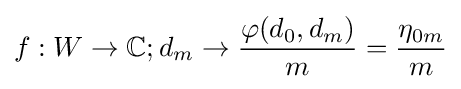
f:W\to \mathbb {C} ;d_{m}\to {\frac {\varphi (d_{0},d_{m})}{m}}={\frac {\eta _{0m}}{m}}